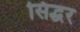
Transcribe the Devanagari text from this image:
सिद्धर